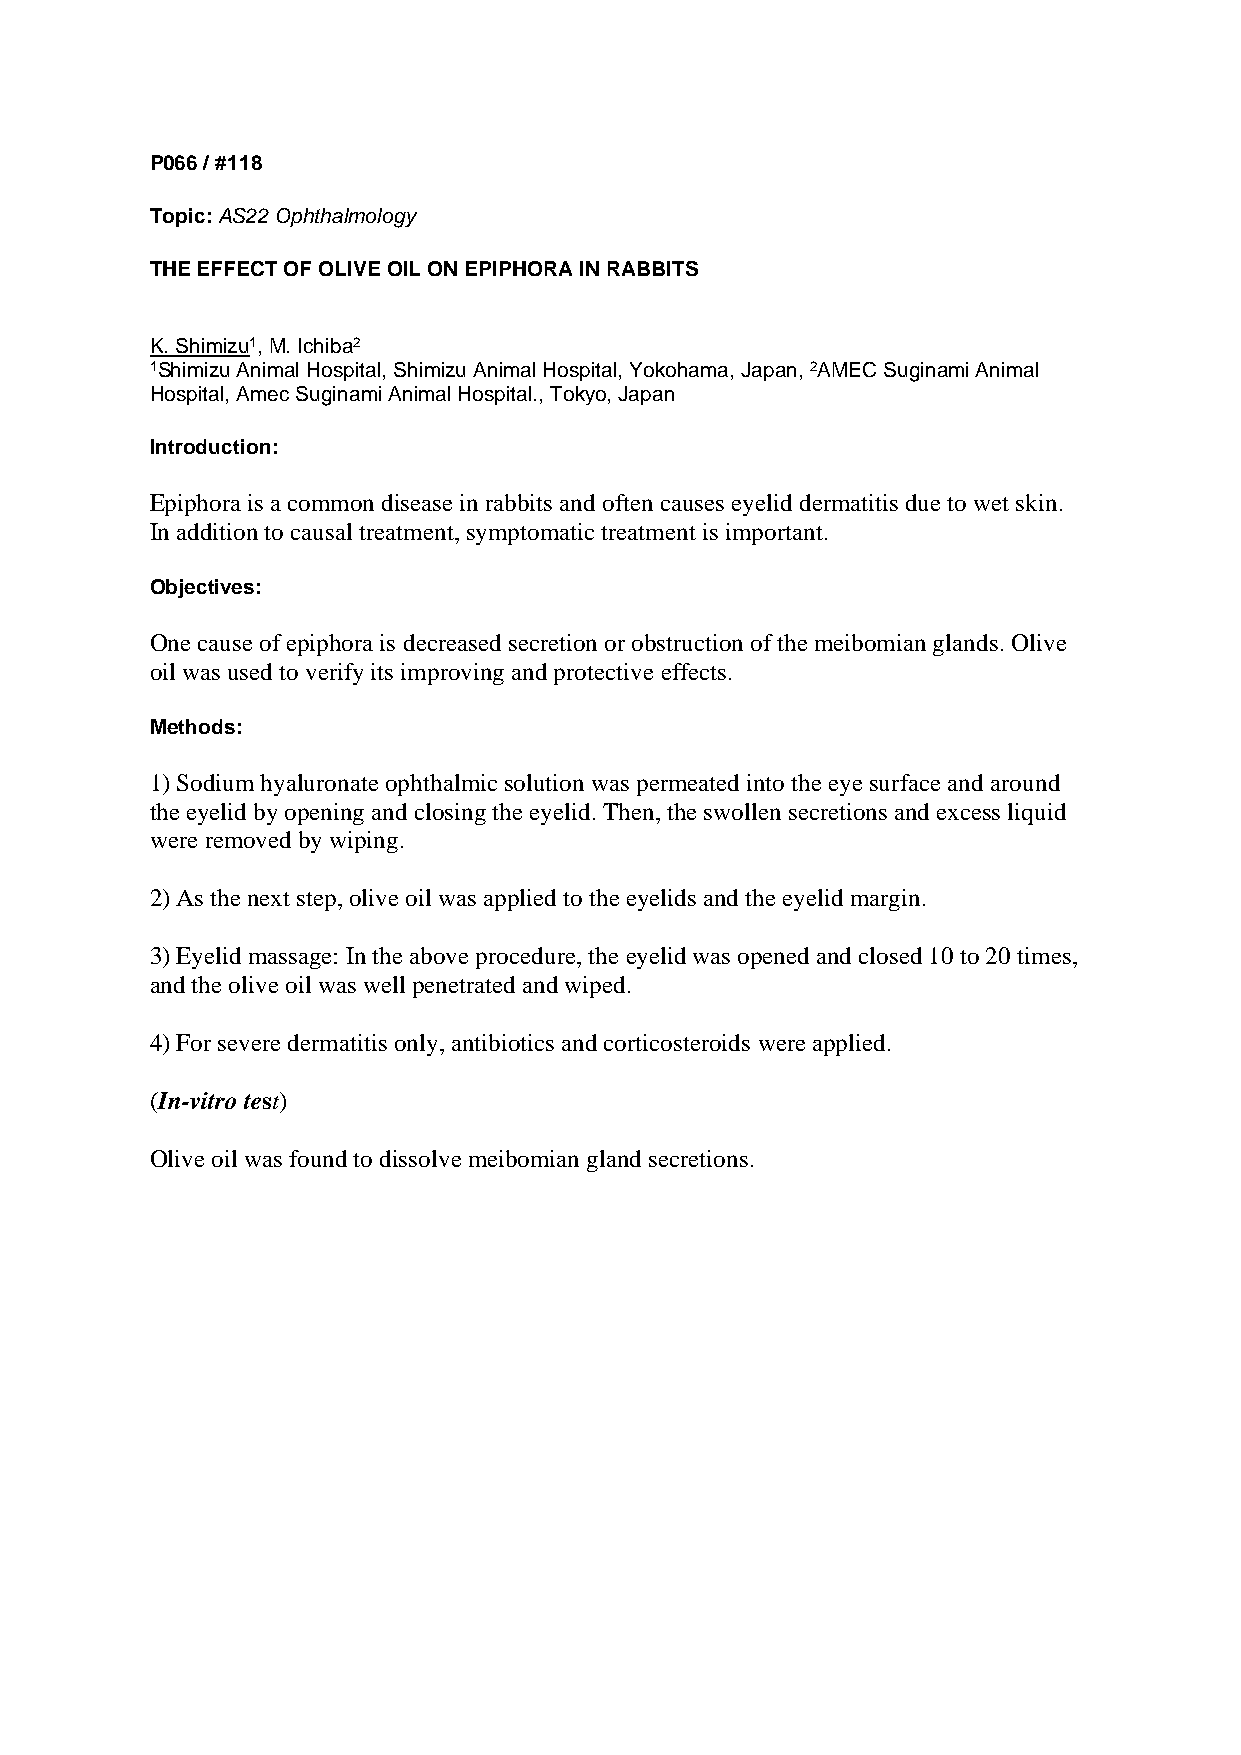
P066 / #118
 Topic: AS22 Ophthalmology
 THE EFFECT OF OLIVE OIL ON EPIPHORA IN RABBITS
 K. Shimizu1, M. Ichiba2
 1Shimizu Animal Hospital, Shimizu Animal Hospital, Yokohama, Japan, 2AMEC Suginami Animal
 Hospital, Amec Suginami Animal Hospital., Tokyo, Japan
 Introduction:
 Epiphora is a common disease in rabbits and often causes eyelid dermatitis due to wet skin.
 In addition to causal treatment, symptomatic treatment is important.
 Objectives:
 One cause of epiphora is decreased secretion or obstruction of the meibomian glands. Olive
 oil was used to verify its improving and protective effects.
 Methods:
 1) Sodium hyaluronate ophthalmic solution was permeated into the eye surface and around
 the eyelid by opening and closing the eyelid. Then, the swollen secretions and excess liquid
 were removed by wiping.
 2) As the next step, olive oil was applied to the eyelids and the eyelid margin.
 3) Eyelid massage: In the above procedure, the eyelid was opened and closed 10 to 20 times,
 and the olive oil was well penetrated and wiped.
 4) For severe dermatitis only, antibiotics and corticosteroids were applied.
 (In-vitro test)
 Olive oil was found to dissolve meibomian gland secretions.